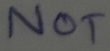
Text: NOT